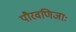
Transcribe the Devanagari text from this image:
पौरवणिजाः